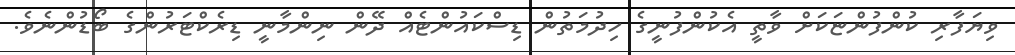
ވިޔަފާރި ކުންފުންޏަކަށް ވާތީ އެކުންފުނީގެ ހިދުމަތުން ޑިސްކައުންޓެއް ދޭން ނިންމާނީ ޑިރެކްޓަރުންގެ ބޯޑުންނެވެ.